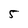
Character: 5